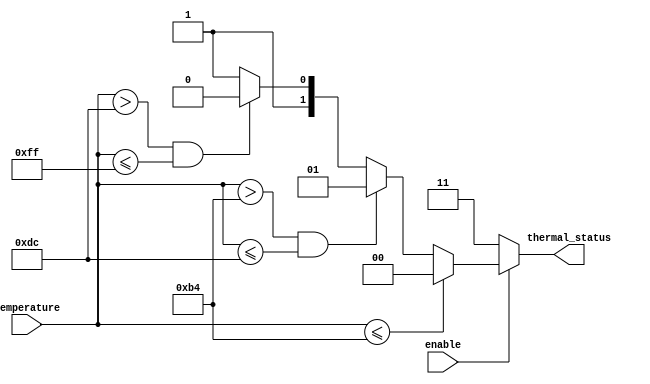
module ThermalEncoder (
    input  wire [7:0] temperature,  // 8-bit temperature input from ADC
    output reg  [1:0] thermal_status, // 2-bit thermal status output
    input  wire enable                // Enable signal for the encoder
);

    // Thermal thresholds
    parameter NORMAL_THRESHOLD = 180;  // Below this temperature is normal
    parameter WARNING_THRESHOLD = 220;  // Between normal and critical
    parameter CRITICAL_THRESHOLD = 255; // Above this temperature is critical

    always @(*) begin
        if (enable) begin
            // Default to Normal status if temperature is within valid range
            if (temperature <= NORMAL_THRESHOLD) begin
                thermal_status = 2'b00; // Normal
            end else if (temperature > NORMAL_THRESHOLD && temperature <= WARNING_THRESHOLD) begin
                thermal_status = 2'b01; // Warning
            end else if (temperature > WARNING_THRESHOLD && temperature <= CRITICAL_THRESHOLD) begin
                thermal_status = 2'b10; // Critical
            end else begin
                thermal_status = 2'b11; // Invalid state (could be used for error handling)
            end
        end else begin
            thermal_status = 2'b11; // Disabled output
        end
    end

endmodule